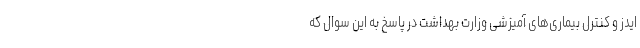
ایدز و کنترل بیماری‌های آمیزشی وزارت بهداشت در پاسخ به این سوال که